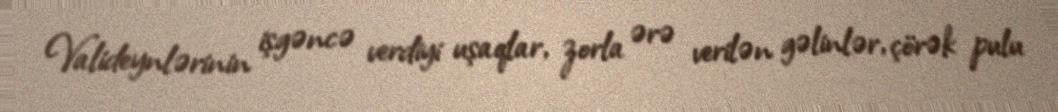
Valideynlərinin işgəncə verdiyi uşaqlar, zorla ərə verilən gəlinlər, çörək pulu